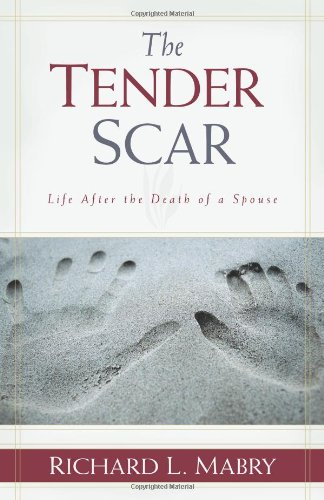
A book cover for The Tender Scar: Life After the Death of a Spouse; Richard L. Mabry; Self-Help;